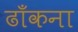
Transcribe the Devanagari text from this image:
ढाँकना